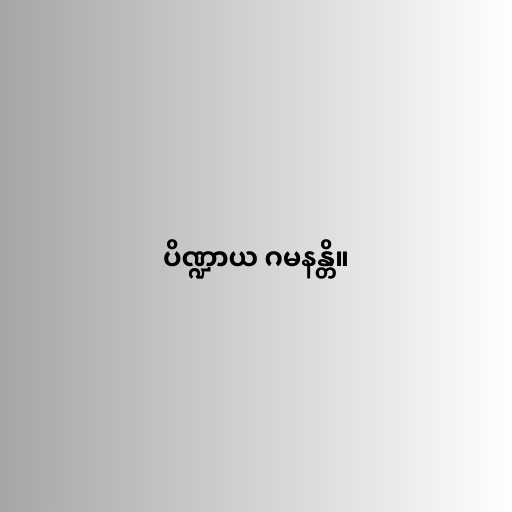
ပိဏ္ဍာယ ဂမနန္တိ။